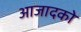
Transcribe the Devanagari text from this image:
आजादको